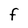
Character: F